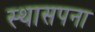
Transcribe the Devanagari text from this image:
स्थासपना